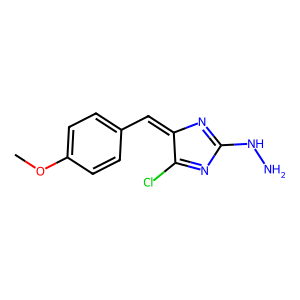
SMILES: COc1ccc(C=C2N=C(NN)N=C2Cl)cc1
Inhibits HIV replication: No